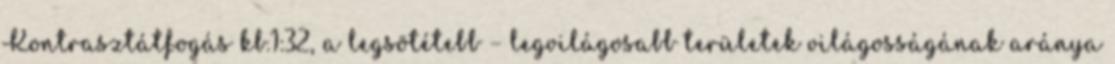
Kontrasztátfogás kb.1:32, a legsötétebb – legvilágosabb területek világosságának aránya